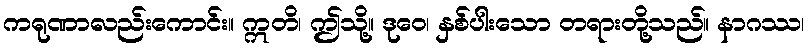
ကရုဏာလည်းကောင်း။ ဣတိ၊ ဤသို့။ ဒုဝေ၊ နှစ်ပါးသော တရားတို့သည်။ နာဂဿ၊